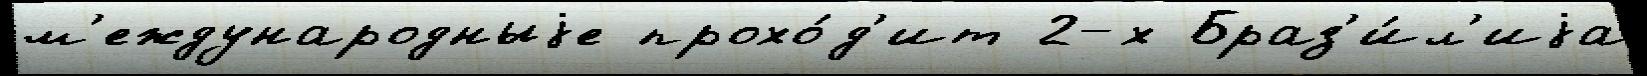
м'еждународныjе прохо́д'ит 2-х Браз'и́л'иjа